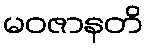
မဝဇာနတိ